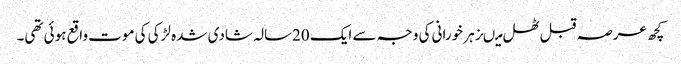
کچھ عرصہ قبل ٹھل میںزہر خورانی کی وجہ سے ایک 20سالہ شادی شدہ لڑکی کی موت واقع ہوئی تھی۔